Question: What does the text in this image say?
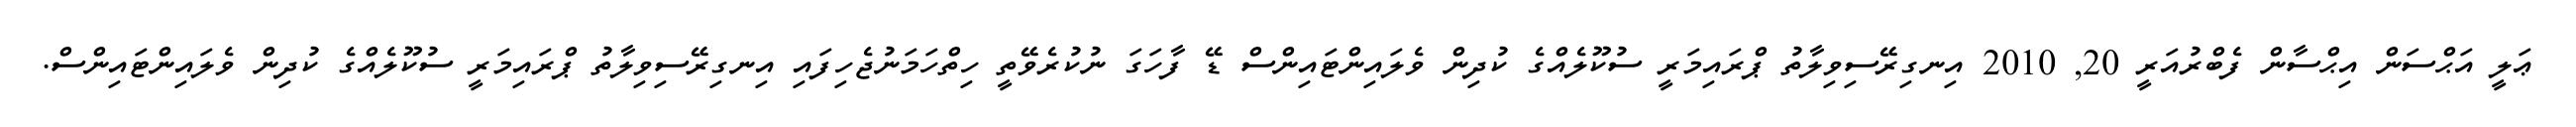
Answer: ޢަލީ އަޙްސަން އިޙްސާން ފެބްރުއަރީ 20, 2010 އިނގިރޭސިވިލާތު ޕްރައިމަރީ ސުކޫލެއްގެ ކުދިން ވެލައިންޓައިންސް ޑޭ ފާހަގަ ނުކުރެވޭތީ ހިތްހަމަނުޖެހިފައި އިނގިރޭސިވިލާތު ޕްރައިމަރީ ސުކޫލެއްގެ ކުދިން ވެލައިންޓައިންސް.